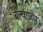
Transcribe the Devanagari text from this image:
बल्थाज़ार